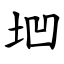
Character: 垇